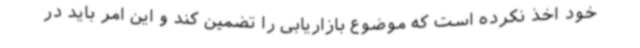
خود اخذ نکرده است که موضوع بازاریابی را تضمین کند و این امر باید در